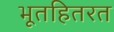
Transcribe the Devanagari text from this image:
भूतहितरत